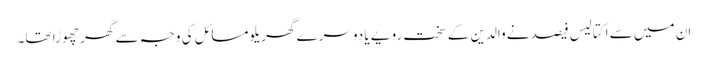
ان میں سے اکتالیس فیصد نے والدین کے سخت رویے یا دوسرے گھریلو مسائل کی وجہ سے گھر چھوڑا تھا۔